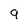
Character: 9